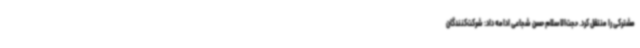
مشترکی را منتقل کرد. حجت‌الاسلام حسن شجاعی ادامه داد: شرکت‌کنندگان